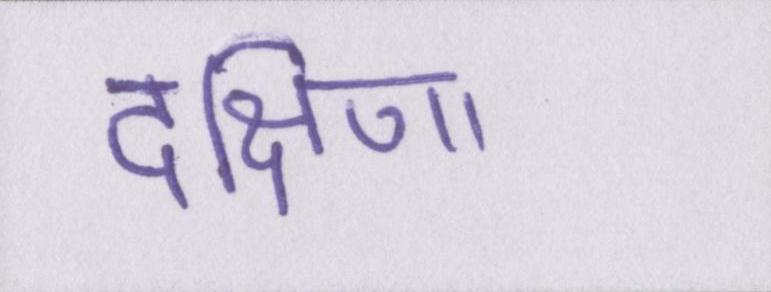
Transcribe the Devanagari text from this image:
दक्षिणा